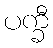
ပက္ခီ